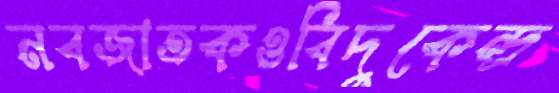
নবজাতকওবিদুকেন্দ্র